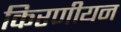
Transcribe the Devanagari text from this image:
किरणीयन